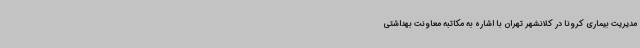
مدیریت بیماری کرونا در کلانشهر تهران با اشاره به مکاتبه معاونت بهداشتی